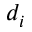
d _ { i }